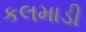
કલમાડી